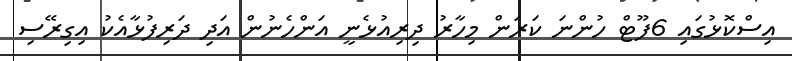
އިސްކޮޅުގައި 6ފޫޓް ހުންނަ ކަރަން މިހާރު ދިރިއުޅެނީ އަންހެނުން އަދި ދަރިފުޅާއެކު އިގިރޭސި